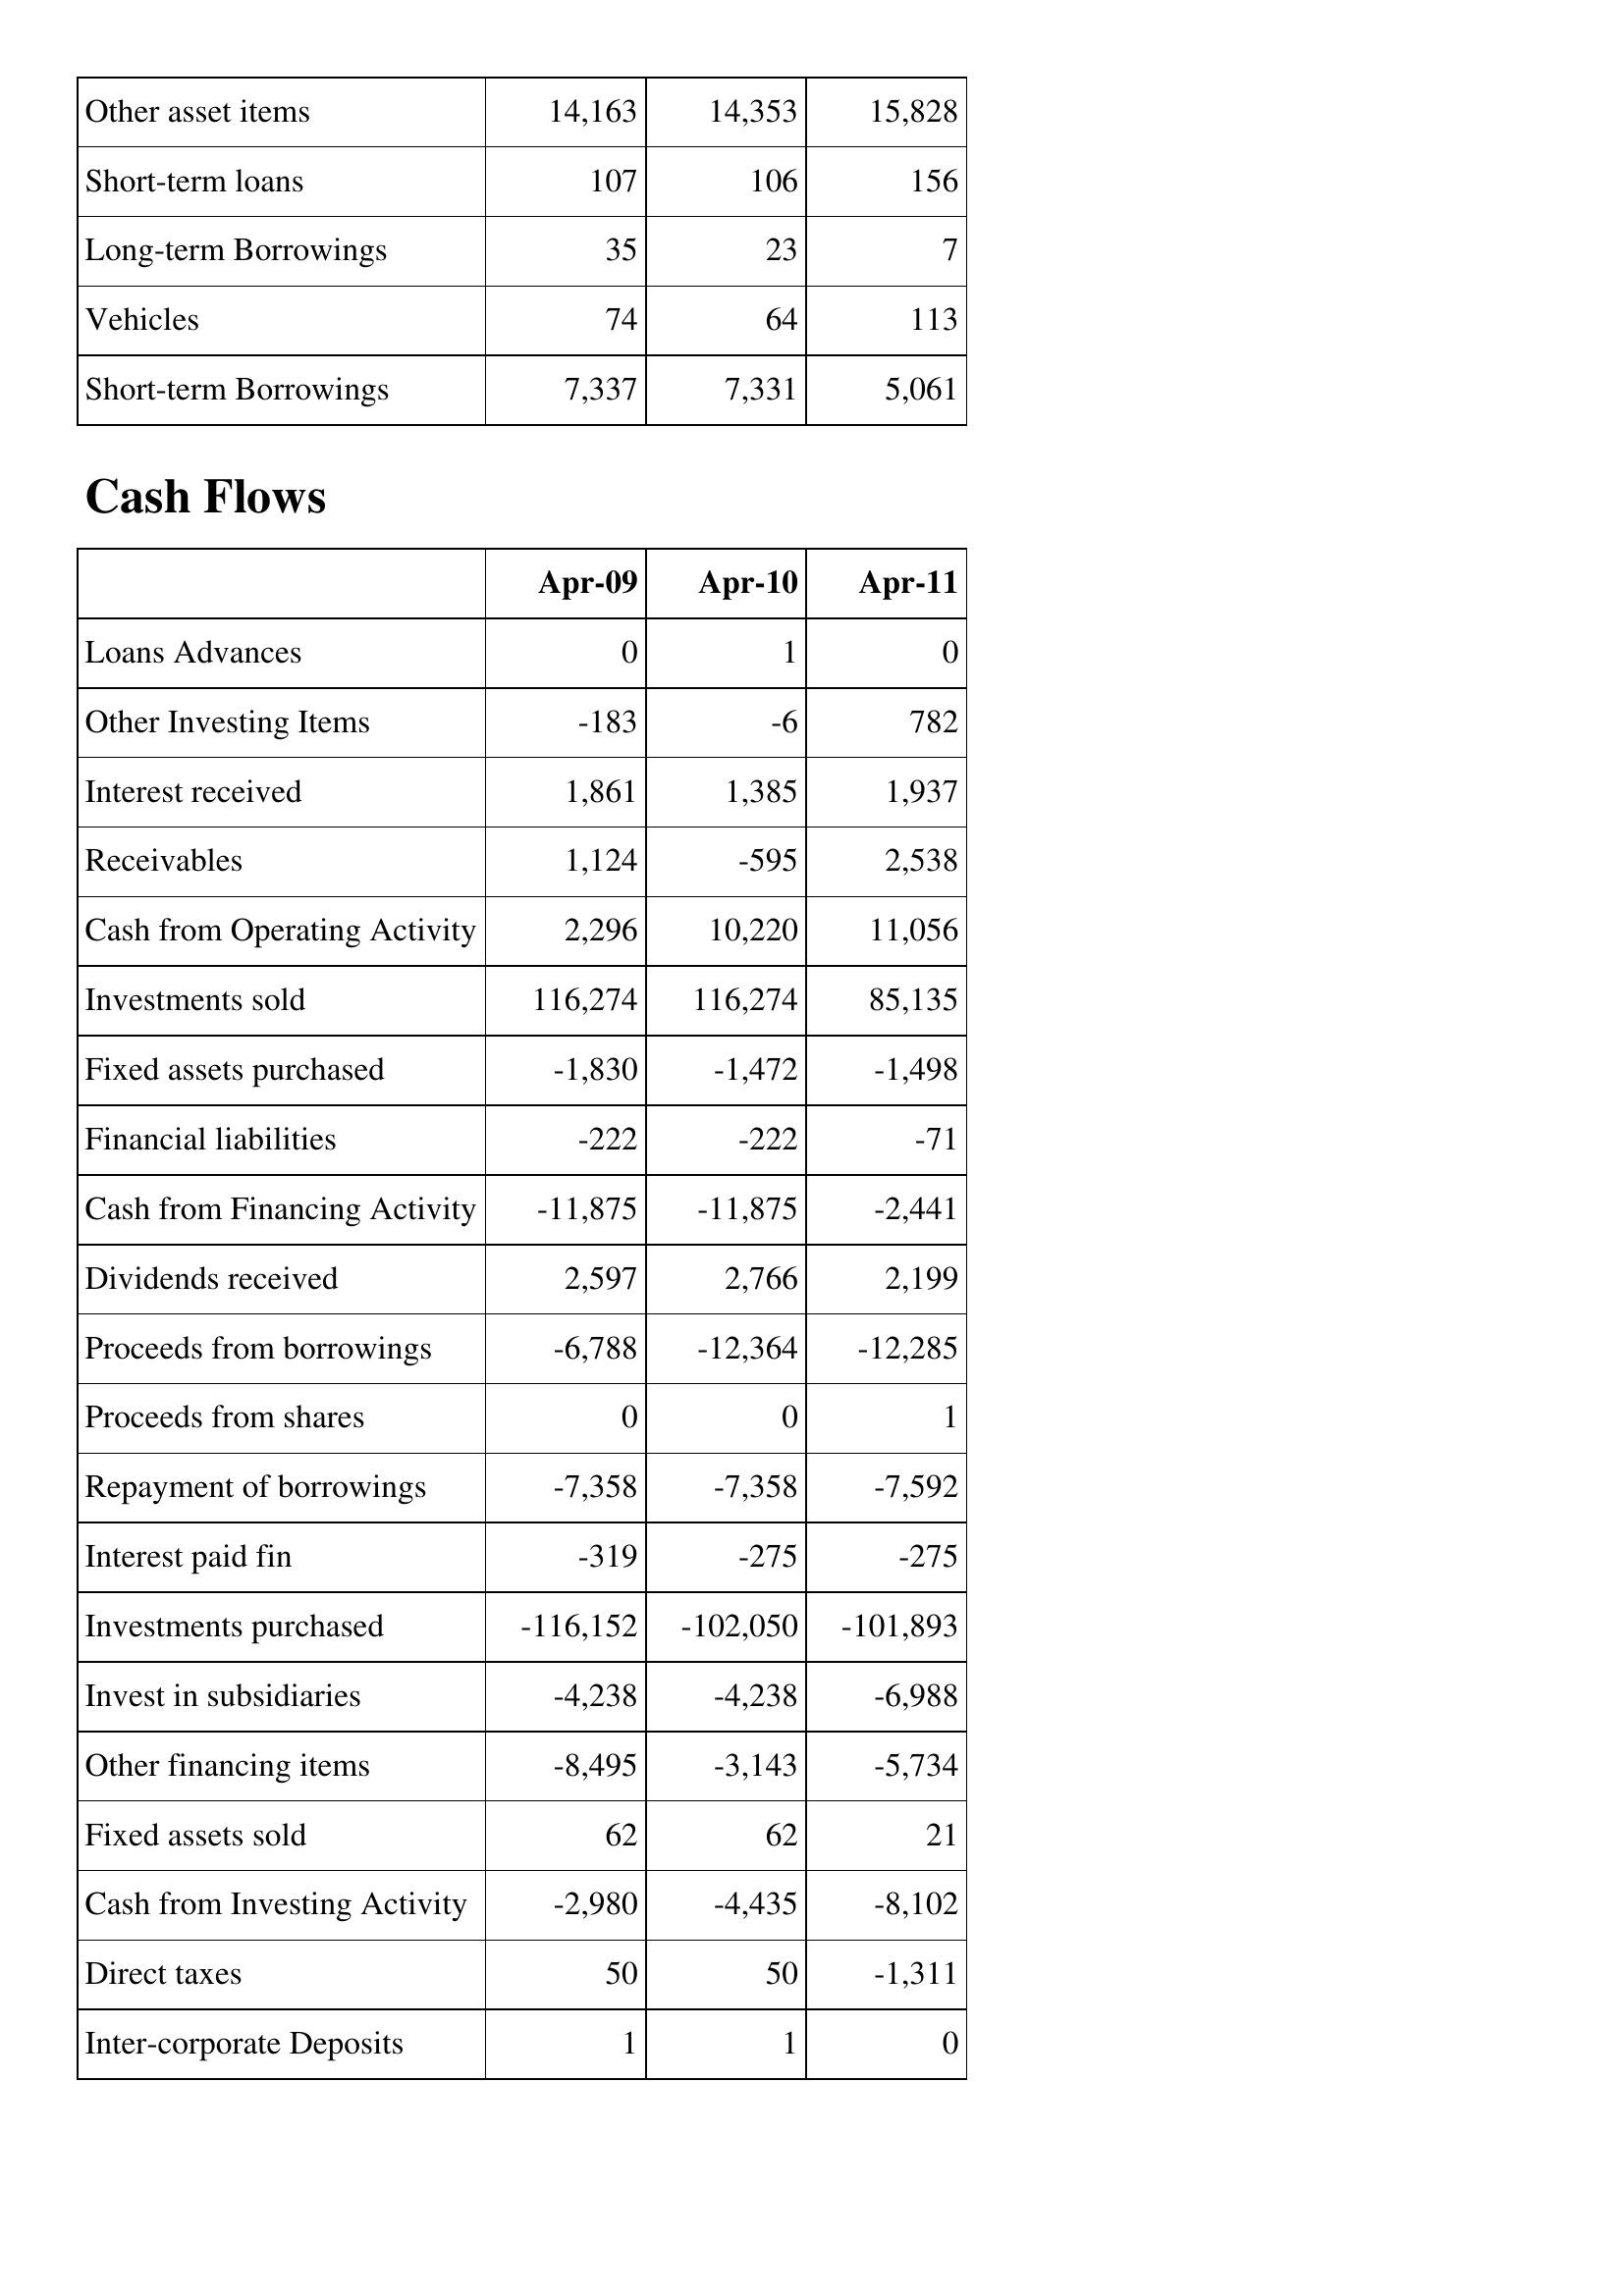
Apr-09: Balance Sheet: Other asset items: 14,163
Short-term loans: 107
Long-term Borrowings: 35
Vehicles: 74
Short-term Borrowings: 7,337
Cash Flows: Loans Advances: 0
Other Investing Items: -183
Interest received: 1,861
Receivables: 1,124
Cash from Operating Activity: 2,296
Investments sold: 116,274
Fixed assets purchased: -1,830
Financial liabilities: -222
Cash from Financing Activity: -11,875
Dividends received: 2,597
Proceeds from borrowings: -6,788
Proceeds from shares: 0
Repayment of borrowings: -7,358
Interest paid fin: -319
Investments purchased: -116,152
Invest in subsidiaries: -4,238
Other financing items: -8,495
Fixed assets sold: 62
Cash from Investing Activity: -2,980
Direct taxes: 50
Inter-corporate Deposits: 1
Apr-10: Balance Sheet: Other asset items: 14,353
Short-term loans: 106
Long-term Borrowings: 23
Vehicles: 64
Short-term Borrowings: 7,331
Cash Flows: Loans Advances: 1
Other Investing Items: -6
Interest received: 1,385
Receivables: -595
Cash from Operating Activity: 10,220
Investments sold: 116,274
Fixed assets purchased: -1,472
Financial liabilities: -222
Cash from Financing Activity: -11,875
Dividends received: 2,766
Proceeds from borrowings: -12,364
Proceeds from shares: 0
Repayment of borrowings: -7,358
Interest paid fin: -275
Investments purchased: -102,050
Invest in subsidiaries: -4,238
Other financing items: -3,143
Fixed assets sold: 62
Cash from Investing Activity: -4,435
Direct taxes: 50
Inter-corporate Deposits: 1
Apr-11: Balance Sheet: Other asset items: 15,828
Short-term loans: 156
Long-term Borrowings: 7
Vehicles: 113
Short-term Borrowings: 5,061
Cash Flows: Loans Advances: 0
Other Investing Items: 782
Interest received: 1,937
Receivables: 2,538
Cash from Operating Activity: 11,056
Investments sold: 85,135
Fixed assets purchased: -1,498
Financial liabilities: -71
Cash from Financing Activity: -2,441
Dividends received: 2,199
Proceeds from borrowings: -12,285
Proceeds from shares: 1
Repayment of borrowings: -7,592
Interest paid fin: -275
Investments purchased: -101,893
Invest in subsidiaries: -6,988
Other financing items: -5,734
Fixed assets sold: 21
Cash from Investing Activity: -8,102
Direct taxes: -1,311
Inter-corporate Deposits: 0